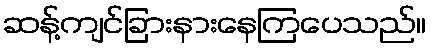
ဆန့်ကျင်ခြားနားနေကြပေသည်။